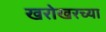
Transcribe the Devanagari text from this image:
खरोखरच्या